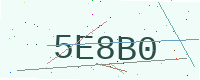
Text: 5E8B0